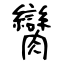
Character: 臠